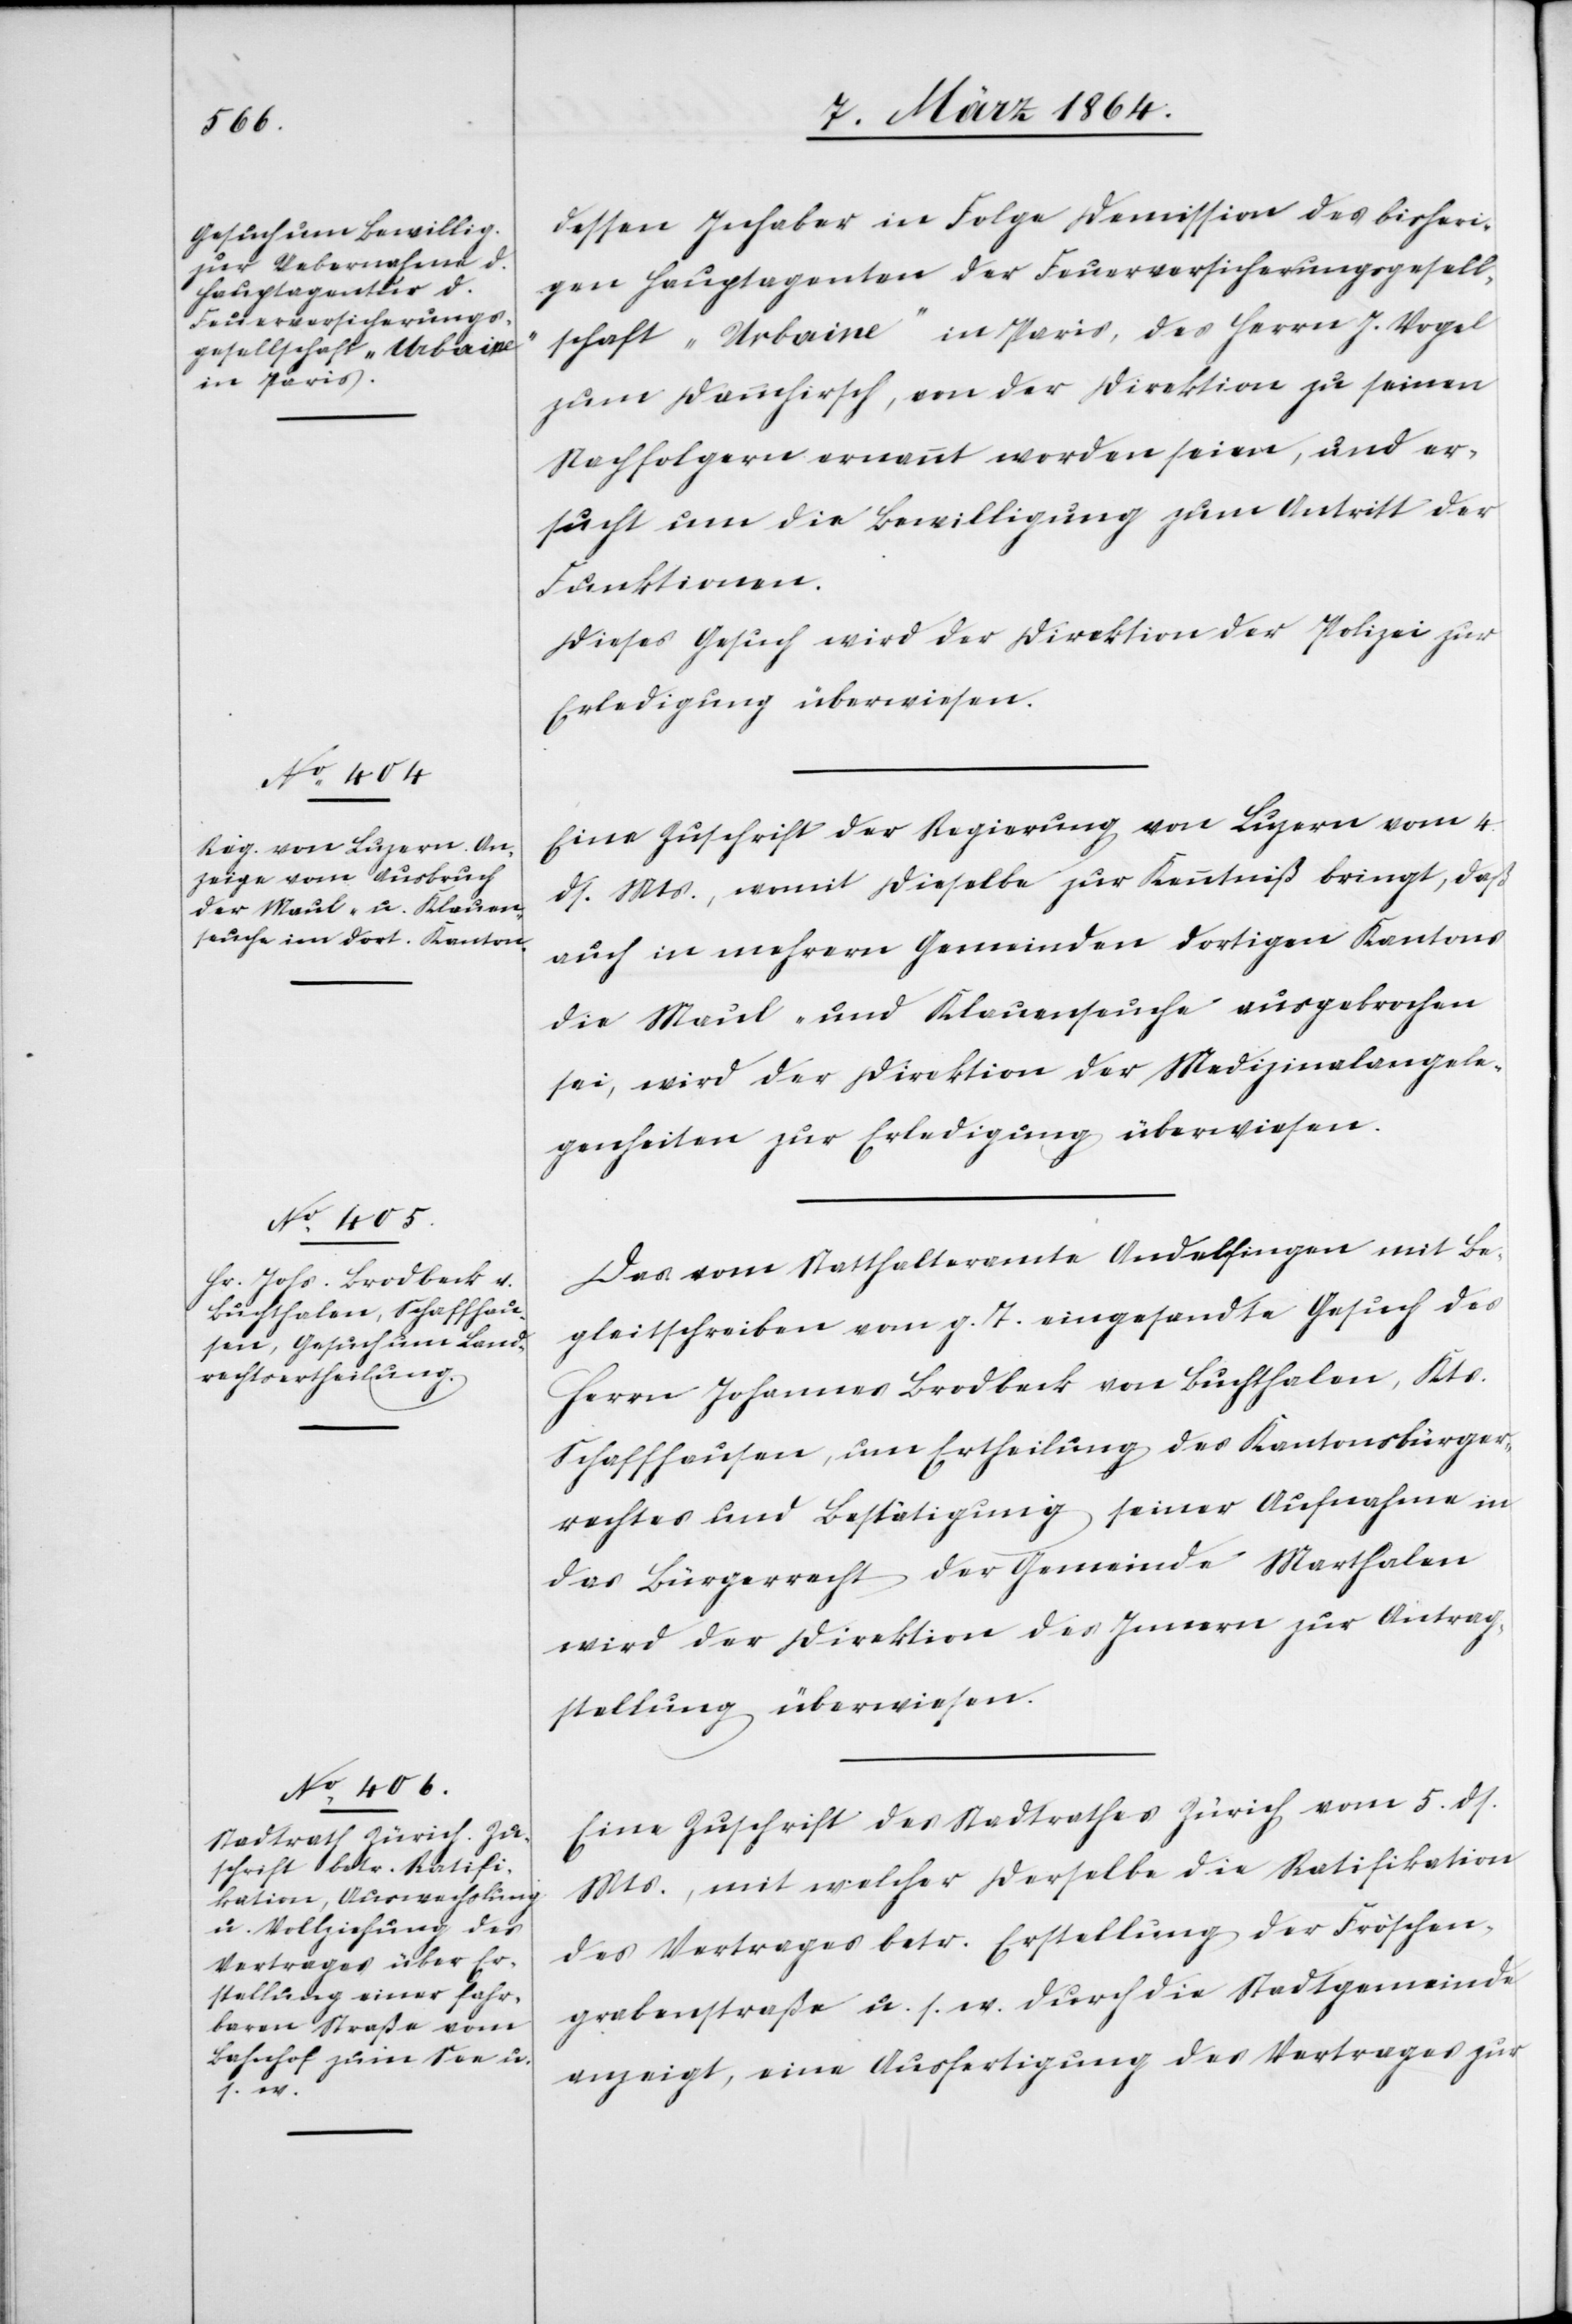
8. März 1864.]
dessen Inhaber in Folge Demission des bisheri¬
gen Hauptagenten der Feuerversicherungsgesell¬
schaft „Urbaine“ in Paris, des Herrn J. Vogel
zum Dammhirsch, von der Direktion zu seinen
Nachfolgern ernannt worden seien, und er¬
sucht um die Bewilligung zum Antritt der
Funktionen.
Dieses Gesuch wird der Direktion der Polizei zur
Erledigung überwiesen.
Eine Zuschrift der Regierung von Luzern vom 4.
ds. Mts., womit dieselbe zur Kenntniß bringt, daß
auch in mehrern Gemeinden dortigen Kantons
die Maul- und Klauenseuche ausgebrochen
sei, wird der Direktion der Medizinalangele¬
genheiten zur Erledigung überwiesen.
Das vom Statthalteramte Andelfingen mit Be¬
gleitschreiben vom g. T. eingesandte Gesuch des
Herrn Johannes Brodbeck von Buchthalen, Kts.
Schaffhausen, um Ertheilung des Kantonsbürger¬
rechtes und Bestätigung seiner Aufnahme in
das Bürgerrecht der Gemeinde Marthalen
wird der Direktion des Innern zur Antrag¬
stellung überwiesen.
Eine Zuschrift des Stadtrathes Zürich vom 5. ds.
Mts., mit welcher derselbe die Ratifikation
des Vertrages betr. Erstellung der Fröschen¬
grabenstraße u. s. w. durch die Stadtgemeinde
anzeigt, eine Ausfertigung des Vertrages zur